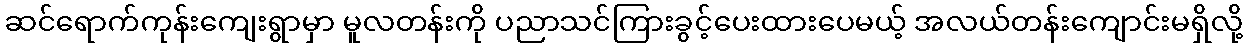
ဆင်ရောက်ကုန်းကျေးရွာမှာ မူလတန်းကို ပညာသင်ကြားခွင့်ပေးထားပေမယ့် အလယ်တန်းကျောင်းမရှိလို့